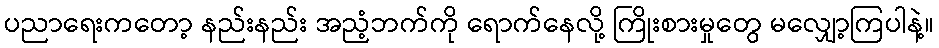
ပညာရေးကတော့ နည်းနည်း အညံ့ဘက်ကို ရောက်နေလို့ ကြိုးစားမှုတွေ မလျှော့ကြပါနဲ့။